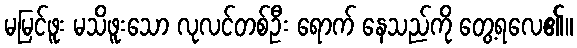
မမြင်ဖူး မသိဖူးသော လုလင်တစ်ဦး ရောက် နေသည်ကို တွေ့ရလေ၏။